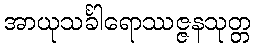
အာယုသင်္ခါရောဿဇ္ဇနသုတ္တ